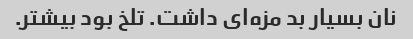
نان بسیار بد مزه‌ای داشت. تلخ بود بیشتر.